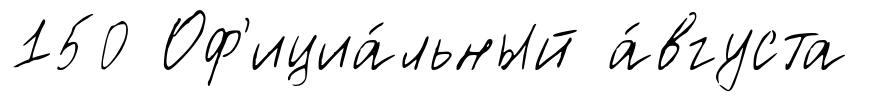
150 Оф'ициа́льный а́вгуста